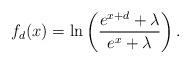
LaTeX: \begin{align*} f_d(x)= \ln \left ( \frac{e^{x+d}+\lambda}{e^x+ \lambda} \right). \end{align*}